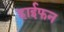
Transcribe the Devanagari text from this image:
हाईफन